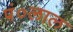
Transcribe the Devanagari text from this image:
पं०लाल